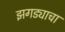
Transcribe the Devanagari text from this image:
झगड्याचा